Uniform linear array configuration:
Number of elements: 64
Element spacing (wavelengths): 0.75
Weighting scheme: hamming
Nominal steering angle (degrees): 15
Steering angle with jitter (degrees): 15.625
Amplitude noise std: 0.05
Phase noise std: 0.05

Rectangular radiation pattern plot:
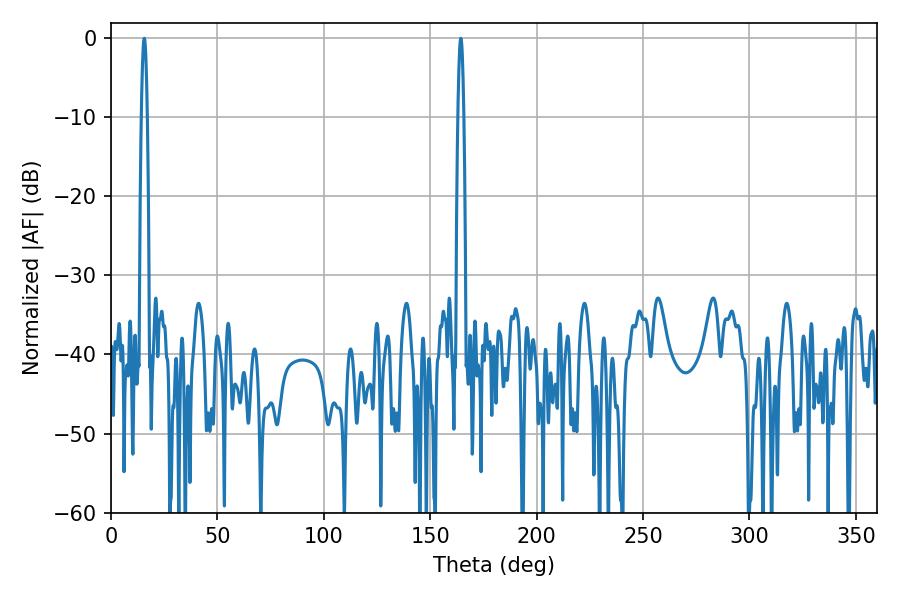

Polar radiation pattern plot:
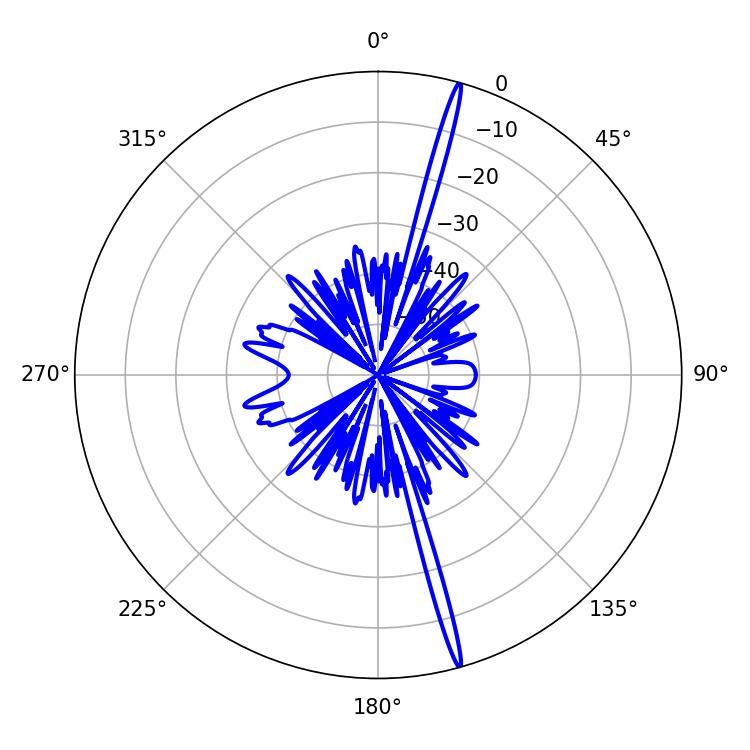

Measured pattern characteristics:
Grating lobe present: TRUE
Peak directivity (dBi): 21.0
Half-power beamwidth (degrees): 1.44
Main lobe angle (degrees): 15.66